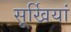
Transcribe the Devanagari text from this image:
सूर्खियां